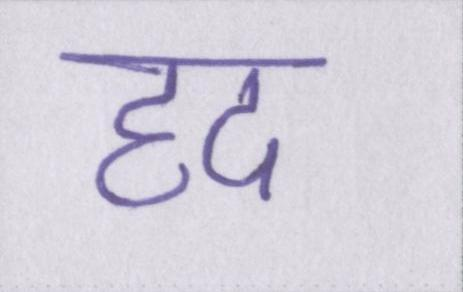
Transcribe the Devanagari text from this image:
हद